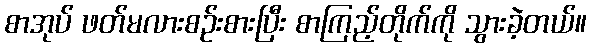
စာအုပ် ဖတ်မလားစဉ်းစားပြီး စာကြည့်တိုက်ကို သွားခဲ့တယ်။